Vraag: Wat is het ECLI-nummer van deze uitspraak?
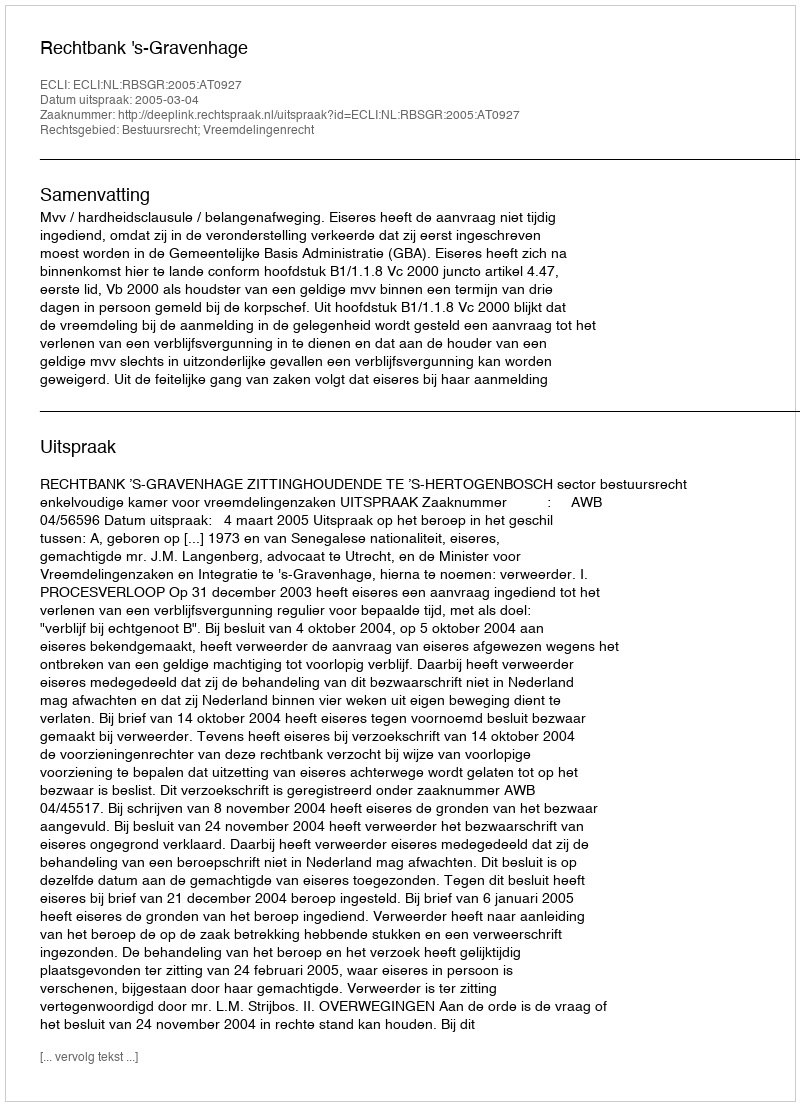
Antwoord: ECLI:NL:RBSGR:2005:AT0927